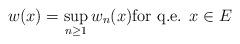
LaTeX: \begin{align*}w(x)=\sup_{n\ge 1}w_{n}(x) \mbox{for q.e. } x\in E\end{align*}